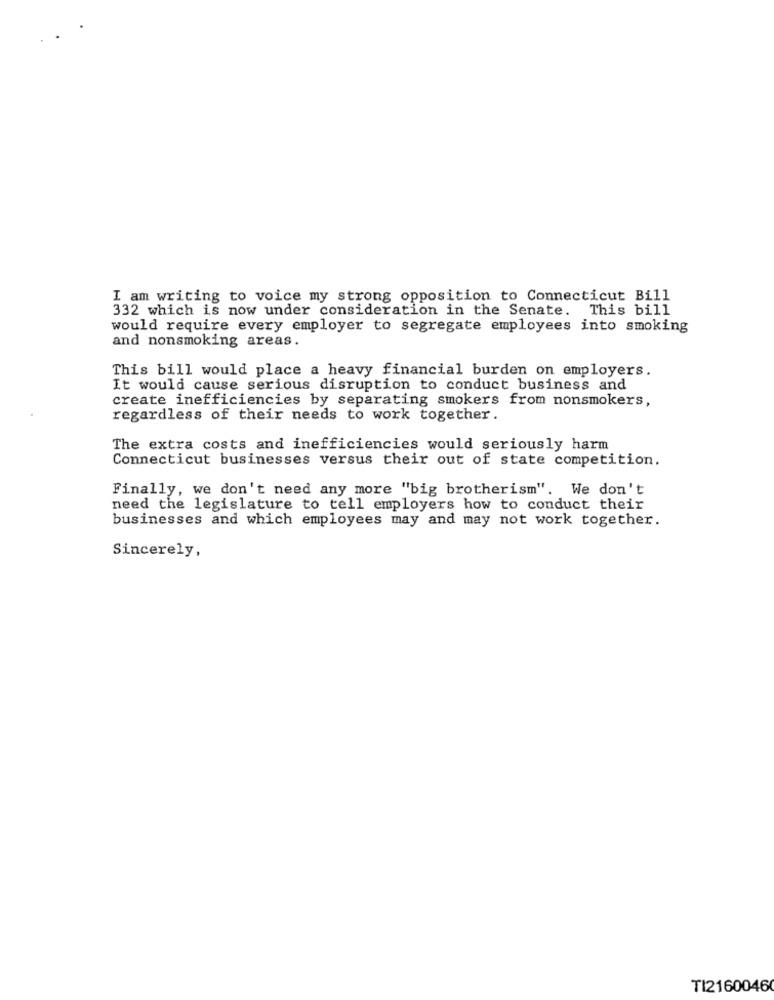
I am writing to voice my strong opposition to Connecticut Bill
332 which is now under consideration in the Senate. This bill
would require every employer to segregate employees into smoking
and nonsmoking areas.
This bill would place a heavy financial burden on employers.
It would cause serious disruption to conduct business and
create inefficiencies by separating smokers from nonsmokers,
regardless of their needs to work together.
The extra costs and inefficiencies would seriously harm
Connecticut businesses versus their out of state competition.
Finally, we don't need any more "big brotherism". We don't
need the legislature to tell employers how to conduct their
businesses and which employees may and may not work together.
Sincerely,
TI2160046